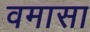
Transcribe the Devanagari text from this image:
वमासा